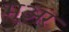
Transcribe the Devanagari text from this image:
मूअर